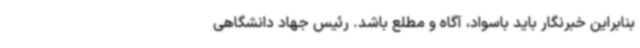
بنابراین خبرنگار باید باسواد، آگاه و مطلع باشد. رئیس جهاد دانشگاهی